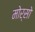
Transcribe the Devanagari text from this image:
मोर्सो